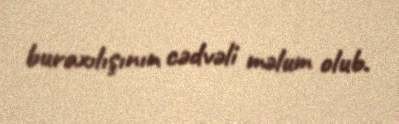
buraxılışının cədvəli məlum olub.